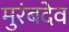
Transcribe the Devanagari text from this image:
मुरंबदेव